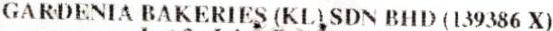
GARDENIA BAKERIES (KL) SDN BHD (139386 X)